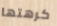
كرهتها